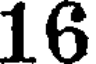
16